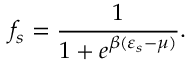
f _ { s } = \frac { 1 } { 1 + e ^ { \beta ( \varepsilon _ { s } - \mu ) } } .